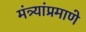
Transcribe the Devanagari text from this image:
मंत्र्यांप्रमाणे